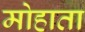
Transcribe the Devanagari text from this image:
मोहाता